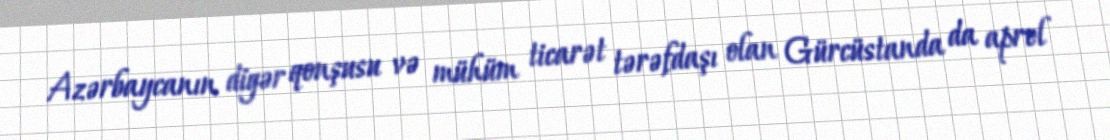
Azərbaycanın digər qonşusu və mühüm ticarət tərəfdaşı olan Gürcüstanda da aprel